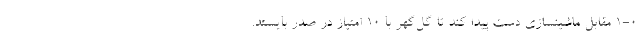
1-0 مقابل ماشینسازی دست پیدا کند تا گل‌گهر با 10 امتیاز در صدر بایستد.